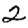
Digit: 2